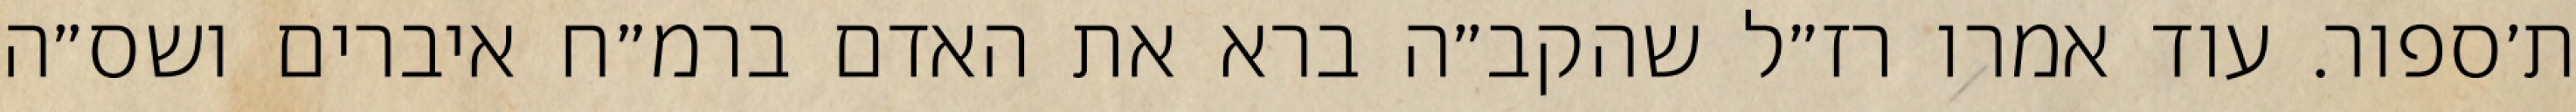
ת׳ספור. עוד אמרו רז״ל שהקב״ה ברא את האדם ברמ״ח איברים ושס״ה